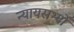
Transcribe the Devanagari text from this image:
न्यायसभ्यों